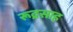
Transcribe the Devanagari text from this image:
रूद्रसाह